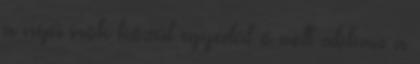
a népi írók közül egyedül ő volt abban a